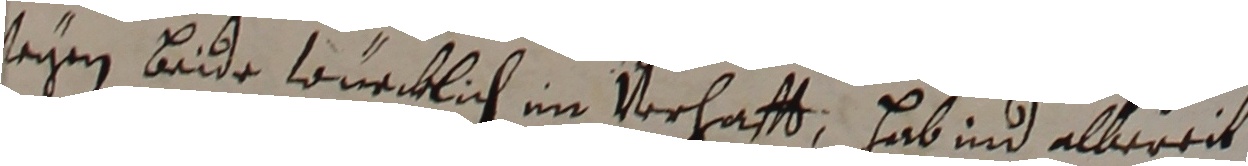
seyen beide wnecklich im verhafft, hab ind albereit